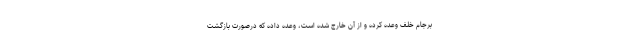
برجام خلف وعده کرده و از آن خارج شده است، وعده داده که درصورت بازگشت